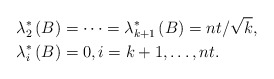
\begin{align*}\lambda_{2}^{\ast}\left( B\right) & =\cdots=\lambda_{k+1}^{\ast}\left(B\right) =nt/\sqrt{k},\\\lambda_{i}^{\ast}\left( B\right) & =0,i=k+1,\ldots,nt.\end{align*}